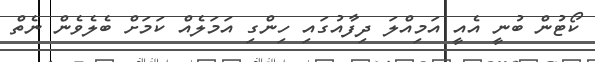
ކޯޓުން ބުނީ އެއީ އަމިއްލަ ދިފާއުގައި ހިންގި އަމަލެއް ކަމަށް ބެލެވެން ނެތް